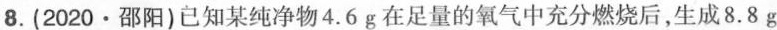
8.(2020\cdot 邵阳)已知某纯净物4.6g在足量的氧气中充分燃烧后，生成8.8g